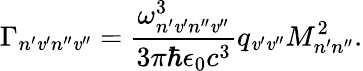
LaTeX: \Gamma_{n^{\prime}\mathit{v}^{\prime}n^{\prime\prime}\mathit{v}^{\prime\prime}}=\frac{{\omega_{n^{\prime}\mathit{v}^{\prime}n^{\prime\prime}\mathit{v}^{\prime\prime}}^{3}}}{{3\pi\hbar\epsilon_{0}c^{3}}}q_{\mathit{v}^{\prime}\mathit{v}^{\prime\prime}}M_{n^{\prime}n^{\prime\prime}}^{2}.